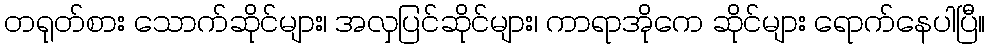
တရုတ်စား သောက်ဆိုင်များ၊ အလှပြင်ဆိုင်များ၊ ကာရာအိုကေ ဆိုင်များ ရောက်နေပါပြီ။